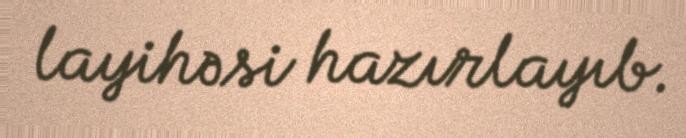
layihəsi hazırlayıb.